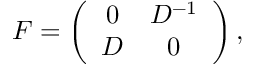
F = \left( \begin{array} { c c } { { 0 } } & { { D ^ { - 1 } } } \\ { { D } } & { { 0 } } \end{array} \right) ,